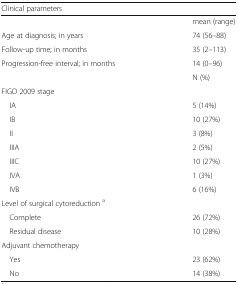
| Clinical parameters |  |
 | --- | --- |
 |  | mean (range) |
 | Age at diagnosis; in years | 74 (56–88) |
 | Follow-up time; in months | 35 (2–113) |
 | Progression-free interval; in months | 14 (0–96) |
 |  | N (%) |
 | <COLSPAN=2> FIGO 2009 stage |
 | IA | 5 (14%) |
 | IB | 10 (27%) |
 | II | 3 (8%) |
 | IIIA | 2 (5%) |
 | IIIC | 10 (27%) |
 | IVA | 1 (3%) |
 | IVB | 6 (16%) |
 | <COLSPAN=2> Level of surgical cytoreduction a |
 | Complete | 26 (72%) |
 | Residual disease | 10 (28%) |
 | <COLSPAN=2> Adjuvant chemotherapy |
 | Yes | 23 (62%) |
 | No | 14 (38%) |